Lunatic asylums Madras 1892-1911 - 1892-1911
Year: 1892
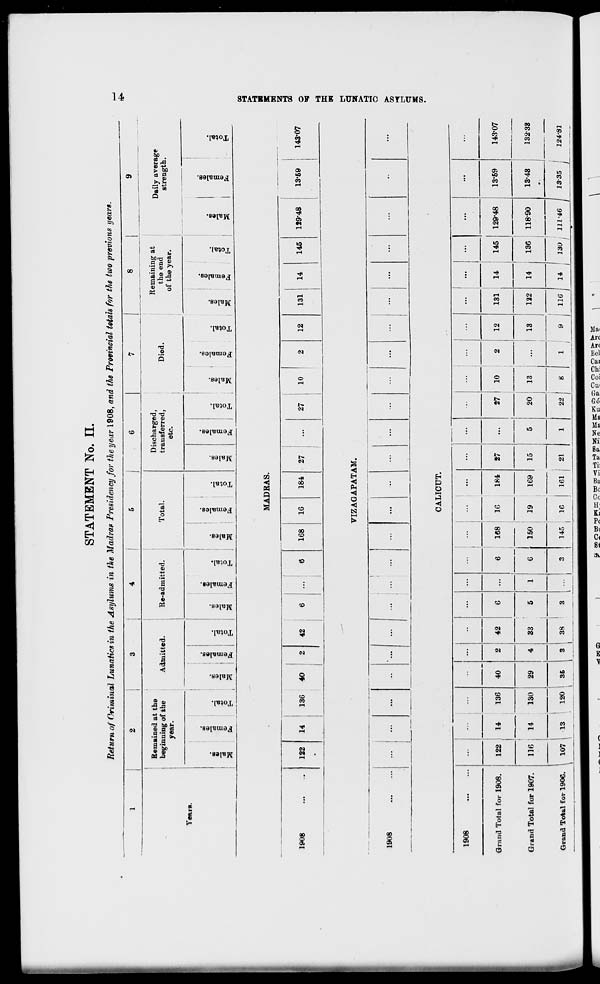
STATEMENT No. II.
Return of Criminal Lunatics in the Asylums in the Madras Presidency for the year 1908, and tht Provincial totals for the two previous years.
1908
Remained at the
beginning of the
year.
Admitted.
•
"3
00
-3
£
o
Ex.
o
EH
"3
122
14
136
40
CD
a.
d
C
Re-admitted.
CD
a
42
6
X
£
fa
o
Total.
09
fa
o
E-i
Discharged,
transferred,
etc.
Died.
00
C
"3
S
0)
fa
O
E-i
CO
3
CO
"3
s
fa
o
EH
MADRAS.
Remaining at
the end
of the year.
CD
V
3
a
09
V
3
S
©
fa
168
16
184
27
27
10
12
131
14
o
145
"3
Daily average
strength.
129-48
00
09
"3
S
fa
o
13-69
143-07
CO
§
X
CD
o
B
H
1908
VIZAGAPATAM.
1
...
...
...
...
...
...
...
...
...
...
...
a
>
o
!>
GO
H
d
s
CO
CALICUT.
1908
...
40
...
••
...
...
...
...
...
...
...
...
...
...
...
...
...
Grand Total for 1908.
122
14
14
136
130
2
4
42
6
...
6
168
10
184
27
5
27
10
2
12
131
14
145
129*48
13-59
143-07
Grand Total for 1907.
116
29
33
5
1
I
6
150
19
169
15
20
13
...
13
122
14
136
118-90
13-48
. .—-—1
132-33
Grand Total for 190G.
107
\
13
120
36
1
3
i
38
3
3
145
1G
161
21
1
22 1
8
1
/
9 I 116
11 ,
130
/
111-46 I 13-35 1
124-82
-d P3 ffl
» 9£»PSP«?*ff2»g?F.S?5ffff££e gil^SS \ *